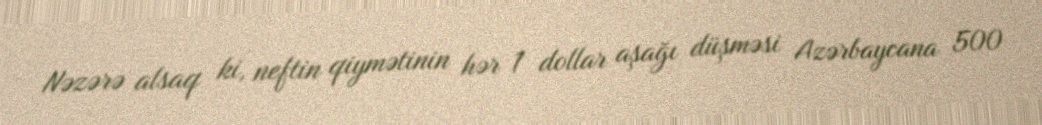
Nəzərə alsaq ki, neftin qiymətinin hər 1 dollar aşağı düşməsi Azərbaycana 500